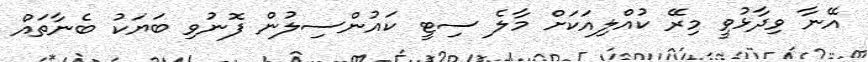
އޭނާ ވިދާޅުވީ މިރޭ ކުއްލިއަކަށް މާލެ ސިޓީ ކައުންސިލުން ފޮނުވި ބަޔަކު ބެނާތައް